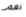
نعم